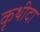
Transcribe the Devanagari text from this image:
कृथीदा